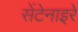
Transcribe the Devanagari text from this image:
सेंटेनाइरे